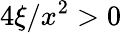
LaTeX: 4\xi/x^{2}>0